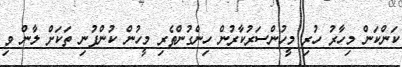
ކަންކަން މިހާރު ހުރި މީހުުންސަރުކާރުން ހިންގުންތެރި މީހުން ކުންފުނި ތަކަށް ލާން ވި